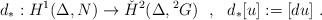
LaTeX: \begin{align*}d_* : H^1(\Delta,N) \to \check{H}^2(\Delta,{}^2G)\ \ , \ \ d_*[u] := [du]\ .\end{align*}